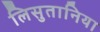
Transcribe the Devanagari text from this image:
लिसुतानिया